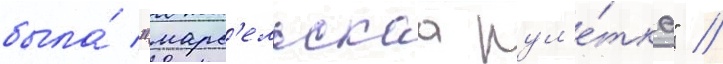
была́ "марс'ельскаа рул'е́тка" //